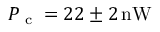
P _ { \textrm { c } } = 2 2 \pm 2 \, \mathrm { n W }